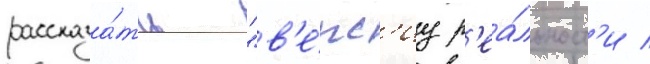
рассказа́ть "в'е́рс'иу р'еа́льност'и /